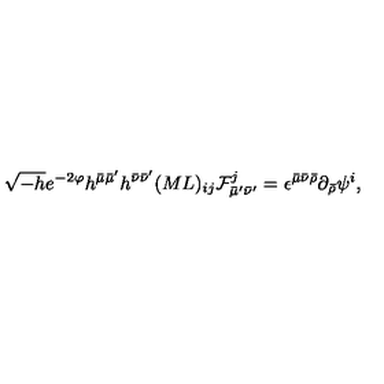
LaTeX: \sqrt { - h } e ^ { - 2 \varphi } h ^ { \bar { \mu } \bar { \mu } ^ { \prime } } h ^ { \bar { \nu } \bar { \nu } ^ { \prime } } ( M L ) _ { i j } { \cal F } _ { \bar { \mu } ^ { \prime } \bar { \nu } ^ { \prime } } ^ { j } = \epsilon ^ { \bar { \mu } \bar { \nu } \bar { \rho } } \partial _ { \bar { \rho } } \psi ^ { i } ,